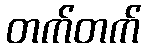
တက်တက်